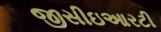
જીસીઇઆરટી